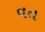
વત